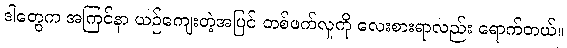
ဒါတွေက အကြင်နာ ယဉ်ကျေးတဲ့အပြင် တစ်ဖက်လူကို လေးစားရာလည်း ရောက်တယ်။